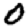
Digit: 0